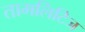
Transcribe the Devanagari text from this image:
तामलिटिज